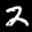
Label: 2